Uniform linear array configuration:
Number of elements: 24
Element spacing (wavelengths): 0.5
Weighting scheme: hamming
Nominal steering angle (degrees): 15
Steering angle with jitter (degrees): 16.751
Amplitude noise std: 0.05
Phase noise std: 0.05

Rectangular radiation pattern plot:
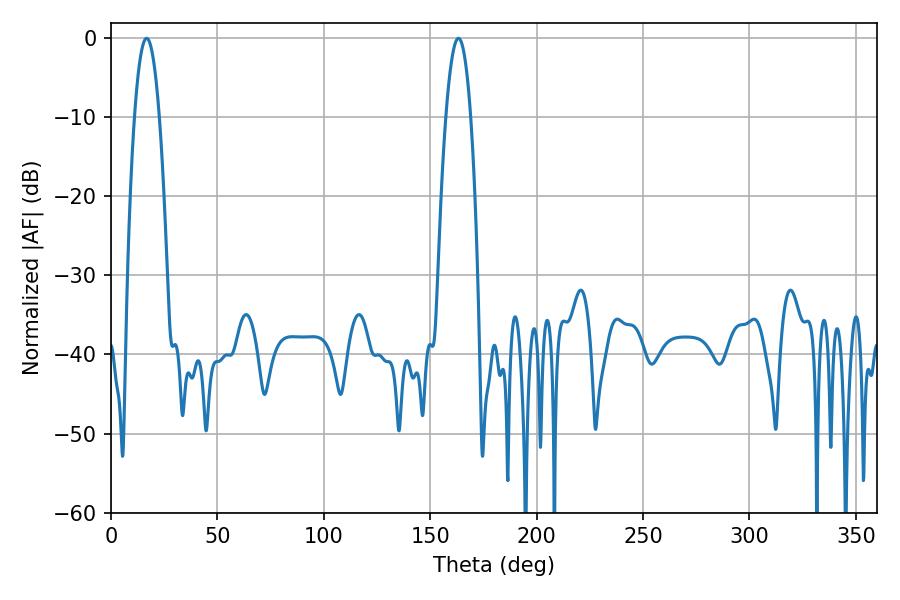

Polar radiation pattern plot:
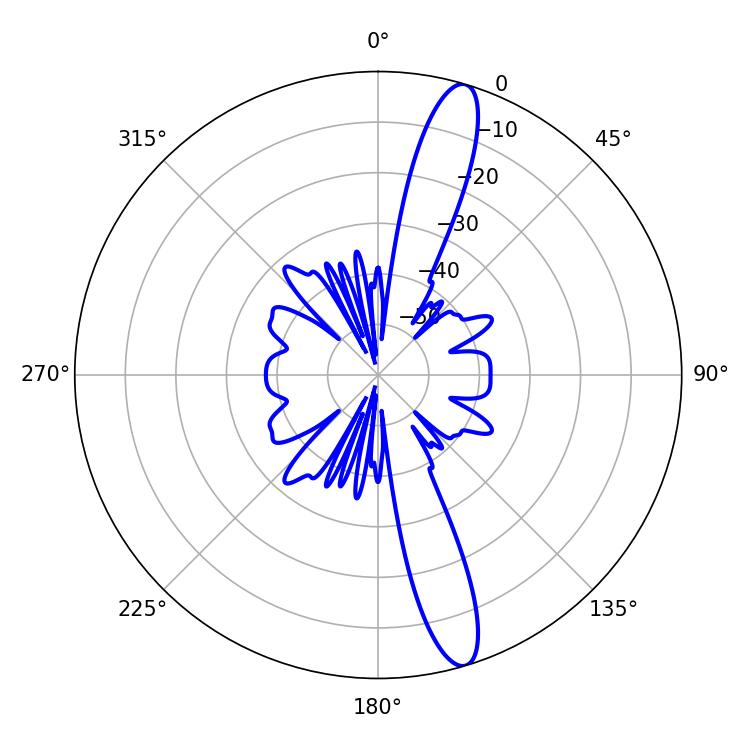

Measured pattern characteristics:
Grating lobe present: FALSE
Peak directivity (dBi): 14.571
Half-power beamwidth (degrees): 6.48
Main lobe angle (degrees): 16.74